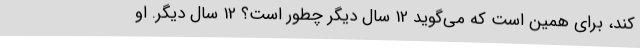
کند، برای همین است که می‌گوید 12 سال دیگر چطور است؟ 12 سال دیگر. او